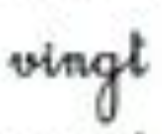
vingt